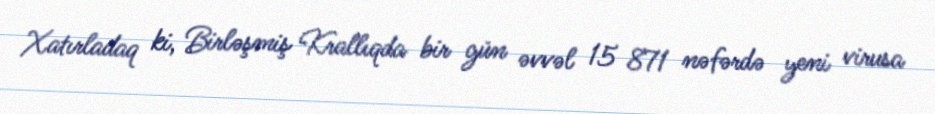
Xatırladaq ki, Birləşmiş Krallıqda bir gün əvvəl 15 871 nəfərdə yeni virusa